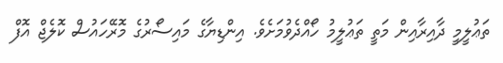
ތަޢުލީމީ ދާއިރާއިން މަތީ ތަޢުލީމު ހޯއްދެވުމަށެވެ. އިންޑިޔާގެ މައިސޯރުގެ މޮރޭހައުސް ކޮލެޖް އޮފް